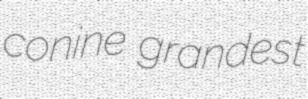
conine grandest